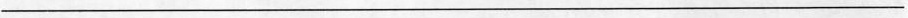
___